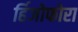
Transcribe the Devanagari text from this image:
र्हिजोफोरा